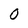
Character: 0